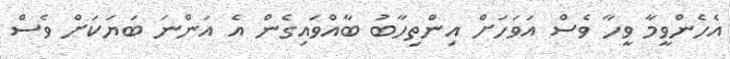
އެހެންވީމާ ވީހާ ވެސް އަވަހަށް އިންތިހާބު ބާއްވައިގެން އެ އަންނަ ބަޔަކަށް ވެސް